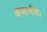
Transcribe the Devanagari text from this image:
अजागीत।